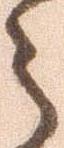
う